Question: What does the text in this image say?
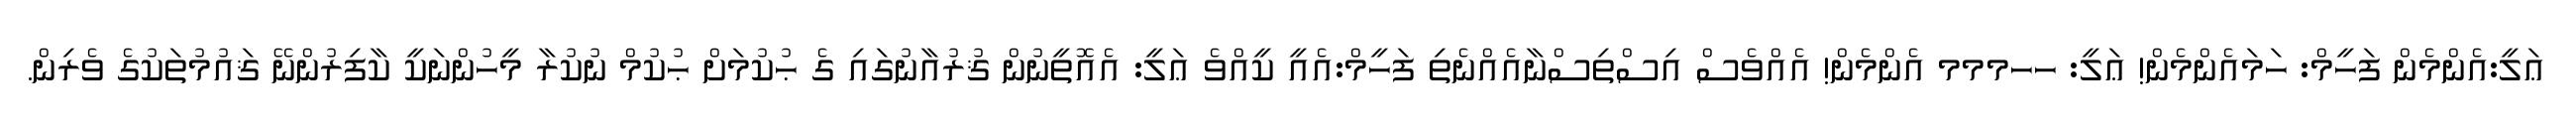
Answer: ޢަލީ:އެންމެން ފަހީމް: ހަމައެންމެން! ޢަލީ: ހހމމމ އެންމެން! އެއްވެސް އިސްތިސްނާއެއްނެތި ފަހީމް:އެއީ ކީއްވެ ޢަލީ: އެއޮތީނުން ޤުރުއާނުގައި ގެ ޙުކުމަށް ޙުކުމް ނުކުރާ މީހުންނަކީ ކާފިރުންނޭ ޤައުމުތަކުގެ ވެރިން.